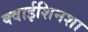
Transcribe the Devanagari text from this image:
क्वाईशिनशा